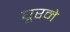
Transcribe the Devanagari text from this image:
घूरने